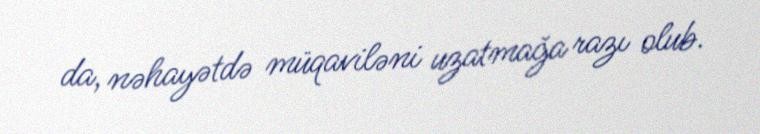
da, nəhayətdə müqaviləni uzatmağa razı olub.